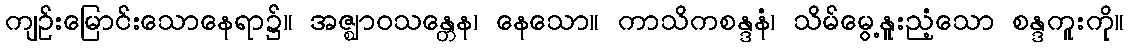
ကျဉ်းမြောင်းသောနေရာ၌။ အဇ္ဈာဝသန္တေန၊ နေသော။ ကာသိကစန္ဒနံ၊ သိမ်မွေ့နူးညံ့သော စန္ဒကူးကို။